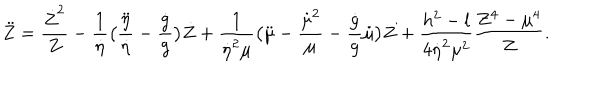
LaTeX: \ddot { Z } = { \frac { \dot { Z } ^ { 2 } } { Z } } - { \frac { 1 } { \dot { \eta } } } \bigl ( { \frac { \ddot { \eta } } { \dot { \eta } } } - { \frac { \dot { g } } { g } } \bigr ) \dot { Z } + { \frac { 1 } { \dot { \eta } ^ { 2 } \mu } } \bigl ( \ddot { \mu } - { \frac { \dot { \mu } ^ { 2 } } { \mu } } - { \frac { \dot { g } } { g } } \dot { \mu } \bigr ) Z + { \frac { h ^ { 2 } - l } { 4 \dot { \eta } ^ { 2 } \mu ^ { 2 } } } { \frac { Z ^ { 4 } - \mu ^ { 4 } } { Z } } .